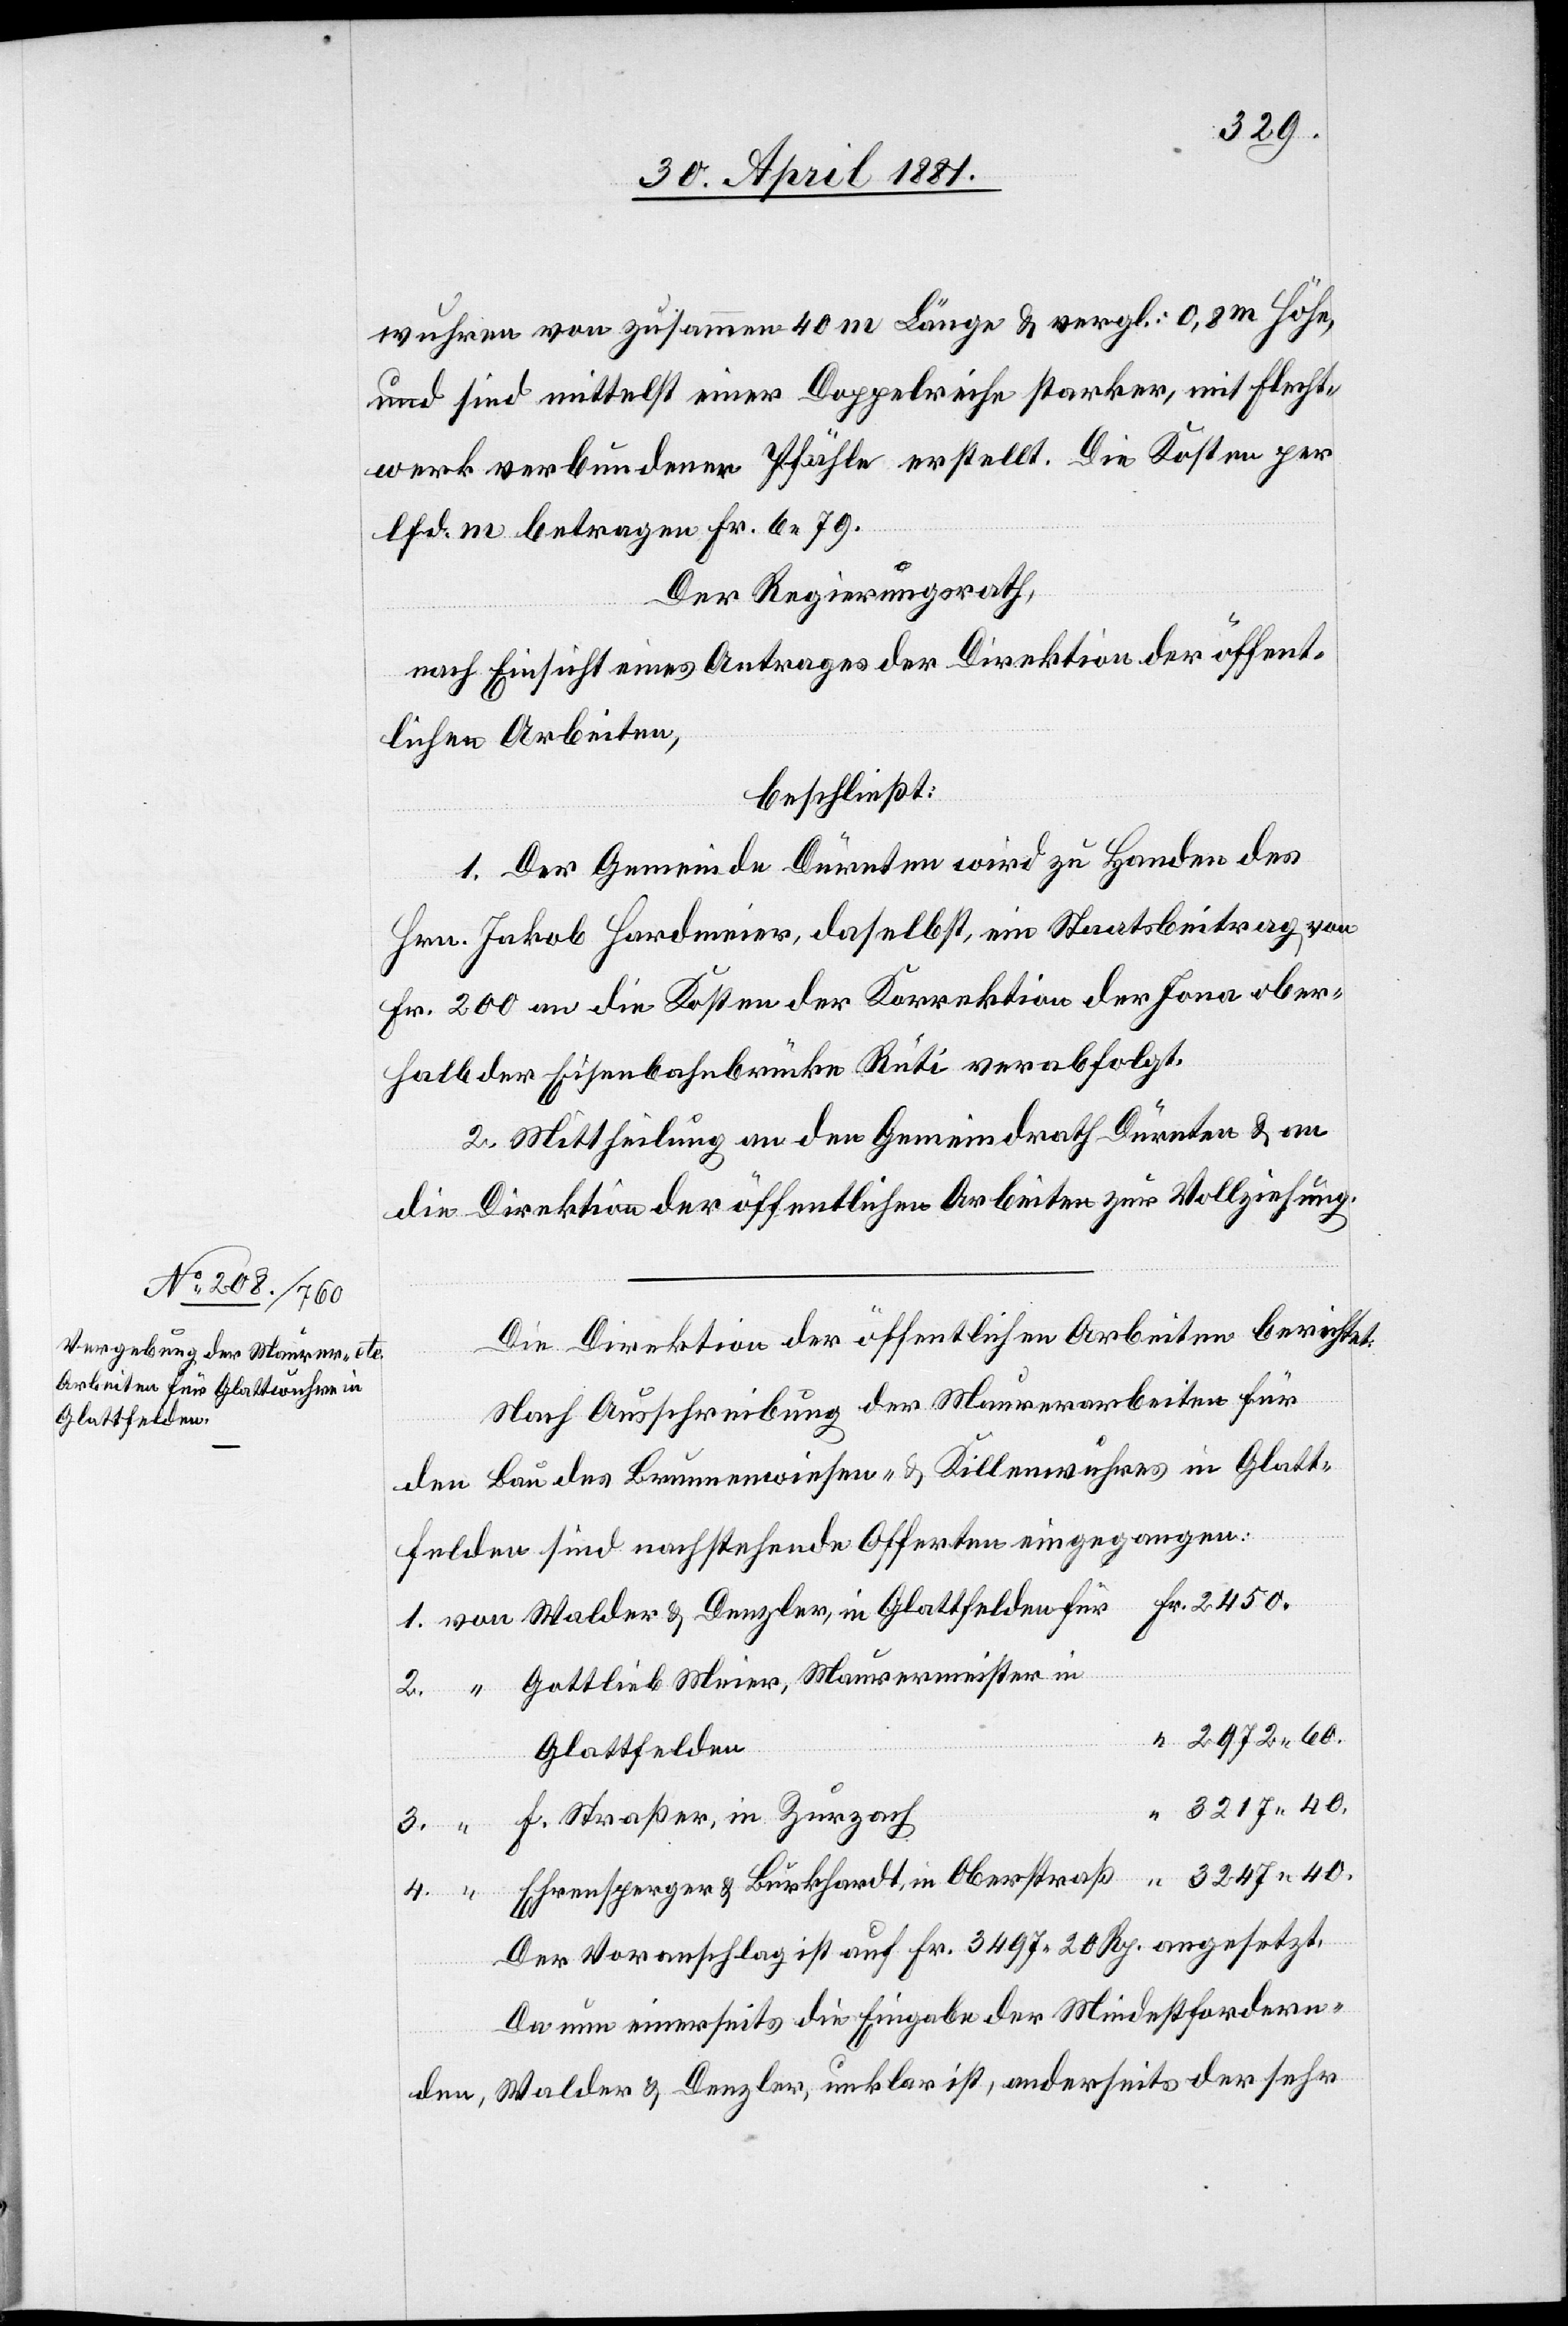
3247.
wuhren von zusammen 40 m Länge & vergl.: 0,8 m Höhe,
und sind mittelst einer Doppeleiche starker, mit Flecht¬
werk verbundener Pfähle erstellt. Die Kosten per
lfd. m betragen Fr. 6. 79.
Der Regierungsrath,
nach Einsicht eines Antrages der Direktion öffent¬
lichen Arbeiten,
beschließt:
1. Der Gemeinde Dürnten wird zu Handen des
Hrn. Jakob Hardmeier, daselbst, ein Staatsbeitrag von
Fr. 200 an die Kosten der Korrektion der Jona ober¬
halb der Eisenbahnbrücke Rüti verabfolgt.
2. Mittheilung an den Gemeindrath Dürnten & an
die Direktion öffentlichen Arbeiten zur Vollziehung.
Die Direktion der öffentlichen Arbeiten berichtet:
Nach Ausschreibung der Maurerarbeiten für
den Bau des Brunnenwiesen- & Killenwuhres in Glatt¬
felden sind nachstehende Offerten eingegangen:
Gottlieb Meier, Maurermeister in
2972. 60.
Glattfelden
3217. 40.
F. Straßer, in Zurzach
Denzler,
Ehrensperger & Burkhardt, in Oberstraß
40.
Der Voranschlag ist auf Fr. 3047 20 Rp. angesetzt.
Da nun einerseits die Eingabe der Mindestfordern¬
den, Walder & Denzler, unklar ist, anderseits der sehr